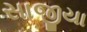
સાજીયા